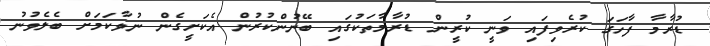
ޑުރާމާ ފާހަގަ ކުރެވިފައި ވަނީ ކުރީން ޑުރާމާތަކުގައި ބޭނުންކުރުން އެކަށީގެން ނުވާކަމަށް ބެލެވުނު